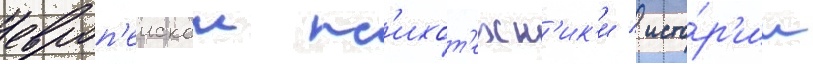
европ'еискои пс'ихот'ехн'ик'и / исто́р'ии